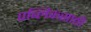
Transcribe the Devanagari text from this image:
पब्लिकसाठी